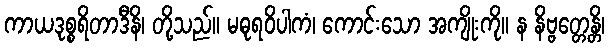
ကာယဒုစ္စရိတာဒီနိ၊ တို့သည်။ မဓုရဝိပါကံ၊ ကောင်းသော အကျိုးကို။ န နိဗ္ဗတ္တေန္တိ၊